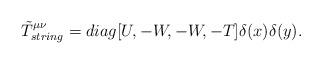
LaTeX: \begin{align*}\tilde T^{\mu \nu}_{string} = diag [U , -W, -W,-T]\delta(x)\delta(y).\end{align*}